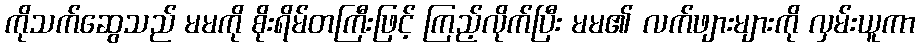
ကိုသက်ဆွေသည် မမကို စိုးရိမ်တကြီးဖြင့် ကြည့်လိုက်ပြီး မမ၏ လက်ဖျားများကို လှမ်းယူကာ